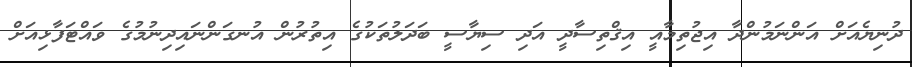
ދުނިޔެއަށް އަންނަމުންދާ އިޖުތިމާއީ އިޤްތިސާދީ އަދި ސިޔާސީ ބަދަލުތަކުގެ އިތުރުން އުނގަންނައިދިނުމުގެ ވައްޓަފާޅިއަށް